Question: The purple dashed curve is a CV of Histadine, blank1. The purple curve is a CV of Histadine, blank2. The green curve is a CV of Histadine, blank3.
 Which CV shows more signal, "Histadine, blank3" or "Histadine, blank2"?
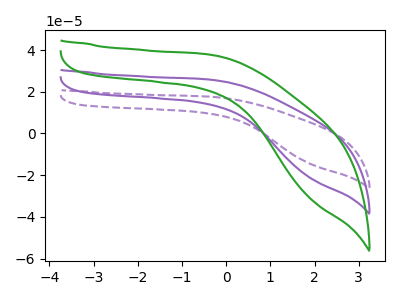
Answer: <think>The purple dashed curve "Histadine, blank1" has no peaks. The purple curve "Histadine, blank2" has no peaks. The green curve "Histadine, blank3" has no peaks.
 Neither "Histadine, blank3" or "Histadine, blank2" have any peaks.</think>
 <answer>I cant tell if "Histadine, blank3" or "Histadine, blank2" has more signal.</answer>
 <eval>mixed_signal</eval>